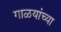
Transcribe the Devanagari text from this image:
गाळयांच्या